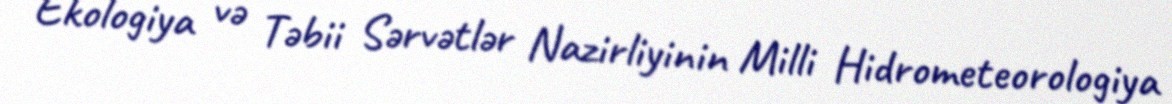
Ekologiya və Təbii Sərvətlər Nazirliyinin Milli Hidrometeorologiya